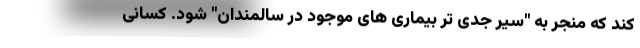
کند که منجر به "سیر جدی تر بیماری های موجود در سالمندان" شود. کسانی